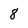
Character: 8